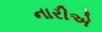
નારીએ